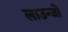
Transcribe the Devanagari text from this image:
लाउन्जों